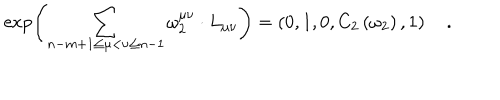
\exp \left( \sum _ { n - m + 1 \le \mu < \nu \le n - 1 } \omega _ { 2 } ^ { \mu \nu } \cdot L _ { \mu \nu } \right) = \left( 0 , 1 , 0 , C _ { 2 } \left( \omega _ { 2 } \right) , 1 \right) \quad .